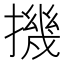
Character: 𢴰